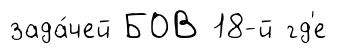
зада́чей БОВ 18-й гд'е